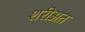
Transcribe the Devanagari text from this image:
शरीअत